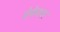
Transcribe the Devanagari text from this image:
प्रेफेक्चर